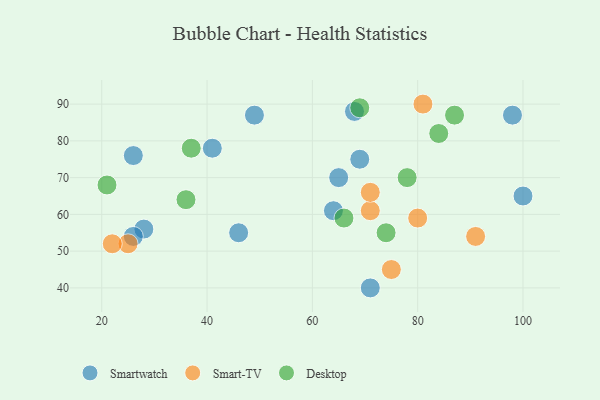
{"axis": {"x": "GDP", "y": "Life Expectancy"}, "legend": ["Desktop", "Smart-TV", "Smartwatch"], "data": [{"x": "41", "y": 78, "type": "Smartwatch"}, {"x": "49", "y": 87, "type": "Smartwatch"}, {"x": "46", "y": 55, "type": "Smartwatch"}, {"x": "28", "y": 56, "type": "Smartwatch"}, {"x": "26", "y": 54, "type": "Smartwatch"}, {"x": "71", "y": 40, "type": "Smartwatch"}, {"x": "65", "y": 70, "type": "Smartwatch"}, {"x": "68", "y": 88, "type": "Smartwatch"}, {"x": "26", "y": 76, "type": "Smartwatch"}, {"x": "100", "y": 65, "type": "Smartwatch"}, {"x": "64", "y": 61, "type": "Smartwatch"}, {"x": "98", "y": 87, "type": "Smartwatch"}, {"x": "69", "y": 75, "type": "Smartwatch"}, {"x": "25", "y": 52, "type": "Smart-TV"}, {"x": "81", "y": 90, "type": "Smart-TV"}, {"x": "80", "y": 59, "type": "Smart-TV"}, {"x": "71", "y": 61, "type": "Smart-TV"}, {"x": "71", "y": 66, "type": "Smart-TV"}, {"x": "22", "y": 52, "type": "Smart-TV"}, {"x": "75", "y": 45, "type": "Smart-TV"}, {"x": "91", "y": 54, "type": "Smart-TV"}, {"x": "36", "y": 64, "type": "Desktop"}, {"x": "87", "y": 87, "type": "Desktop"}, {"x": "37", "y": 78, "type": "Desktop"}, {"x": "78", "y": 70, "type": "Desktop"}, {"x": "69", "y": 89, "type": "Desktop"}, {"x": "66", "y": 59, "type": "Desktop"}, {"x": "74", "y": 55, "type": "Desktop"}, {"x": "21", "y": 68, "type": "Desktop"}, {"x": "84", "y": 82, "type": "Desktop"}]}